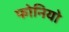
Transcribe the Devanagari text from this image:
फोनियो